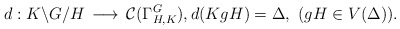
\begin{align*}d: K\backslash G/H\,\longrightarrow\, \mathcal{C}(\Gamma^G_{H, K}),d(KgH) = \Delta,\,\,(gH\in V(\Delta)).\end{align*}